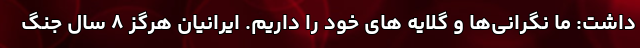
داشت: ما نگرانی‌ها و گلایه های خود را داریم. ایرانیان هرگز ۸ سال جنگ